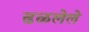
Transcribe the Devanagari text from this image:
ढळलेले